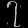
Digit: ၇